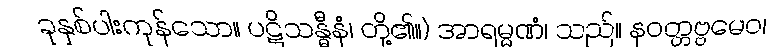
ခုနှစ်ပါးကုန်သော။ ပဋိသန္ဓီနံ၊ တို့၏။) အာရမ္မဏံ၊ သည်။ နဝတ္တဗ္ဗမေဝ၊